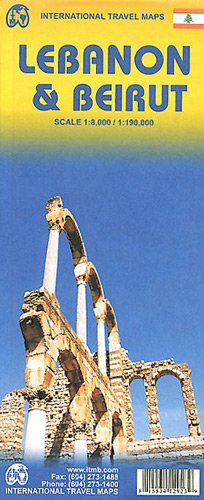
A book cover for Lebanon 1:190,000 & Beirut 1:8,000 Travel Map (International Travel Maps); ITM Canada; Travel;